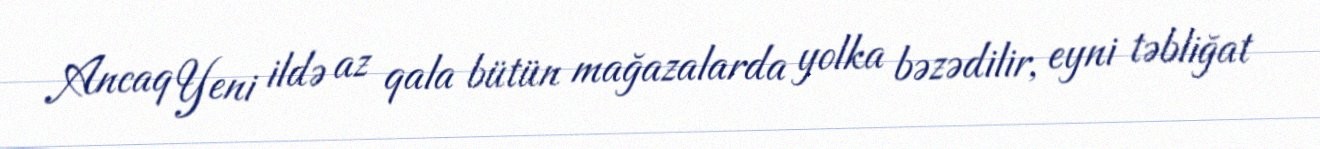
Ancaq Yeni ildə az qala bütün mağazalarda yolka bəzədilir, eyni təbliğat